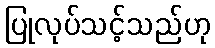
ပြုလုပ်သင့်သည်ဟု